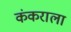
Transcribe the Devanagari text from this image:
कंकराला